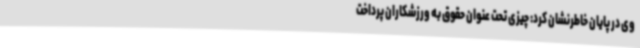
وی در پایان خاطرنشان کرد: چیزی تحت عنوان حقوق به ورزشکاران پرداخت